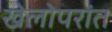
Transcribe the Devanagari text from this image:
खेलोपरांत